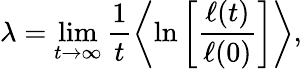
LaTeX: \lambda=\operatorname*{lim}_{t\to\infty}\frac{1}{t}\left\langle\ln\left[\frac{\ell(t)}{\ell(0)}\right]\right\rangle,